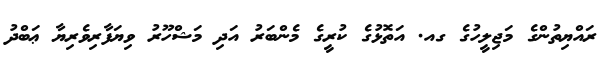
ރައްޔިތުންގެ މަޖިލީހުގެ ގއ. އަތޮޅުގެ ކުރީގެ މެންބަރު އަދި މަޝްހޫރު ވިޔަފާރިވެރިޔާ ޢަބްދު